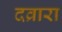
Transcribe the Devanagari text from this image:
दव्रारा